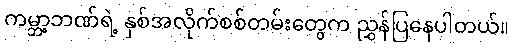
ကမ္ဘာ့ဘဏ်ရဲ့ နှစ်အလိုက်စစ်တမ်းတွေက ညွှန်ပြနေပါတယ်။